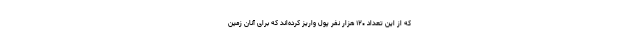
که از این تعداد ۱۲۰ هزار نفر پول واریز کرده‌اند که برای آنان زمین